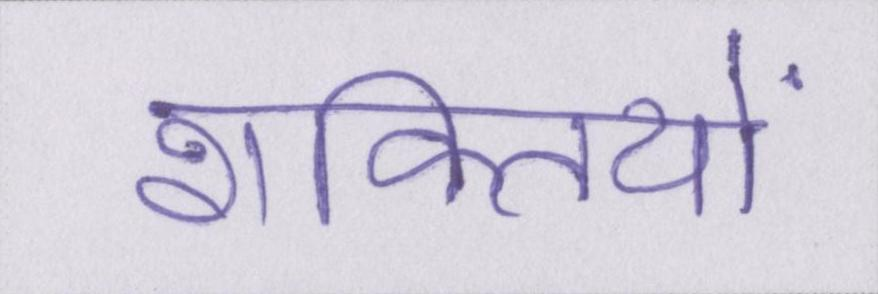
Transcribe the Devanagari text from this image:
शक्तियों